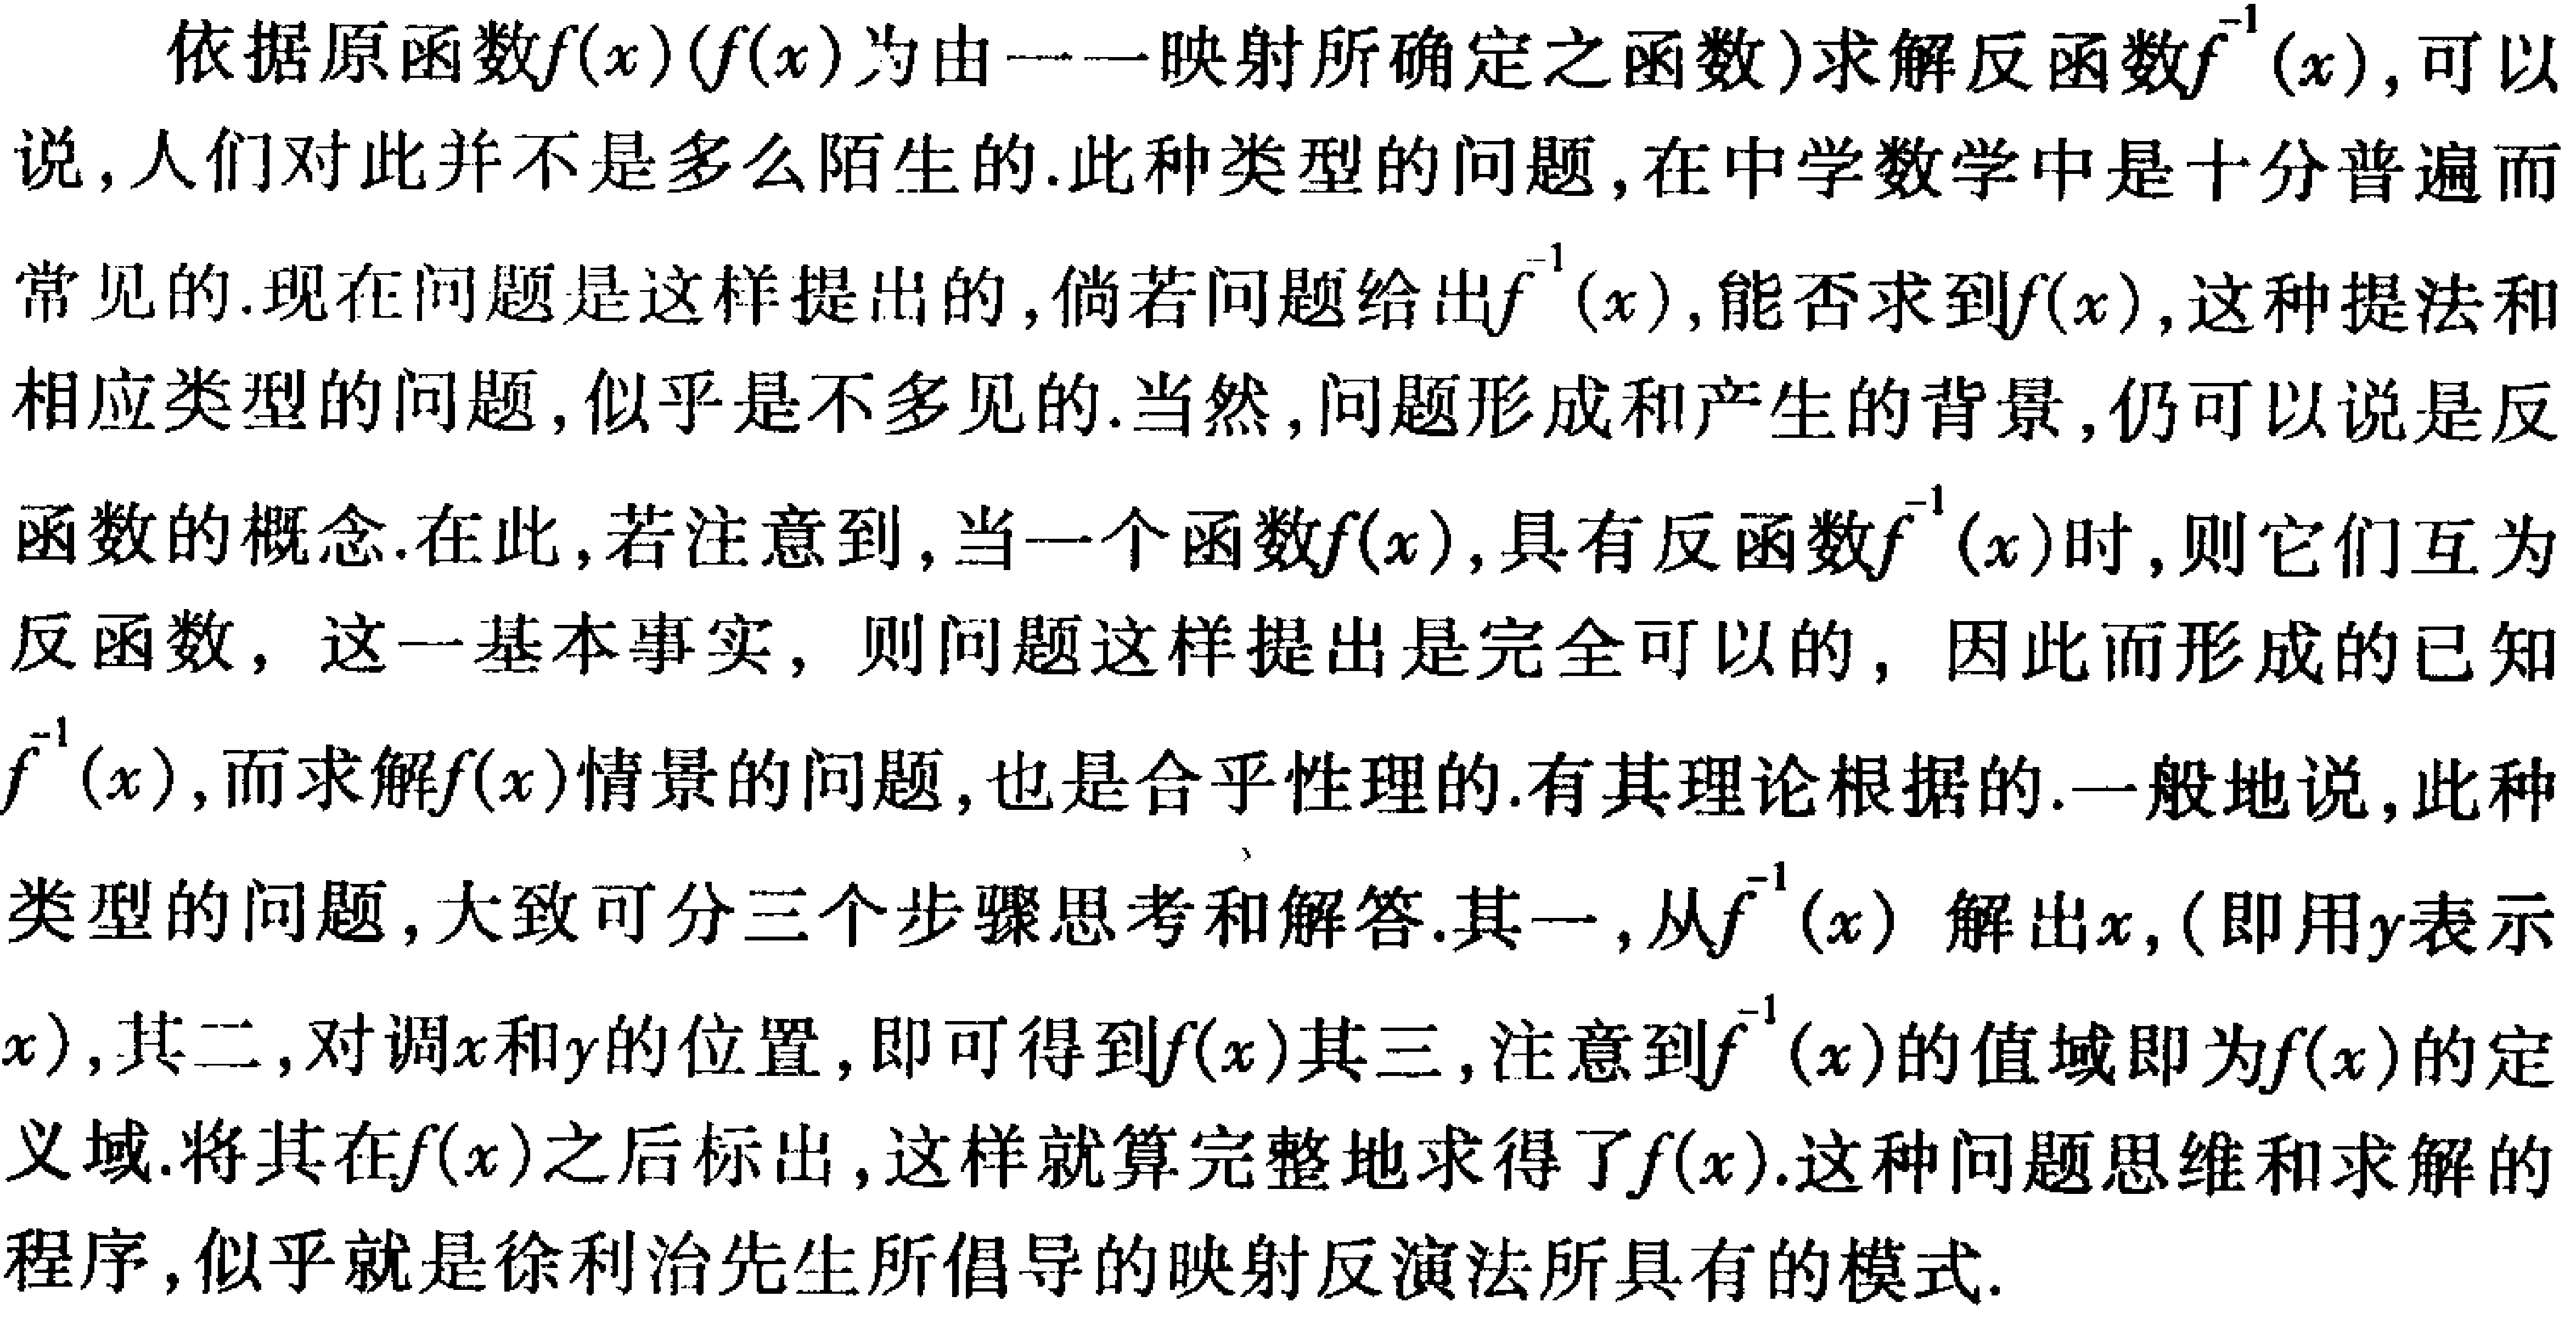
依据原函数\(f(x)(f(x)\)为由一一映射所确定之函数)求解反函数\(f^{-1}(x)\)，可以说，人们对此并不是多么陌生的.此种类型的问题，在中学数学中是十分普遍而常见的.现在问题是这样提出的，倘若问题给出\(f^{-1}(x)\)，能否求到\(f(x)\)，这种提法和相应类型的问题，似乎是不多见的.当然，问题形成和产生的背景，仍可以说是反函数的概念.在此，若注意到，当一个函数\(f(x)\)，具有反函数\(f^{-1}(x)\)时，则它们互为反函数，这一基本事实，则问题这样提出是完全可以的，因此而形成的已知\(f^{-1}(x)\)，而求解\(f(x)\)情景的问题，也是合乎性理的.有其理论根据的.一般地说，此种类型的问题，大致可分三个步骤思考和解答.其一，从\(f^{-1}(x)\) 解出\(x\)，(即用\(y\)表示\(x\))，其二，对调\(x\)和\(y\)的位置，即可得到\(f(x)\)其三，注意到\(f^{-1}(x)\)的值域即为\(f(x)\)的定义域.将其在\(f(x)\)之后标出，这样就算完整地求得了\(f(x)\).这种问题思维和求解的程序，似乎就是徐利治先生所倡导的映射反演法所具有的模式.